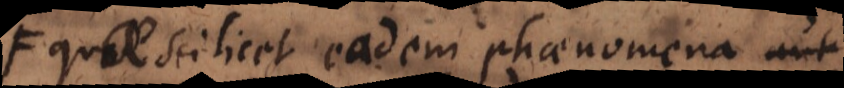
quae scilicet eadem phaenomena